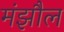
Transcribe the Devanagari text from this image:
मंझौल